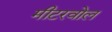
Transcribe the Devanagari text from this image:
मीटरवोल